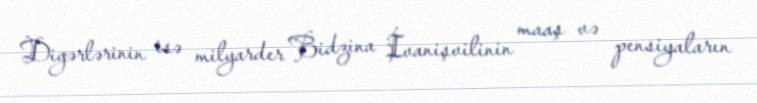
Digərlərinin isə milyarder Bidzina İvanişvilinin maaş və pensiyaların